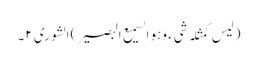
(لیس کمثلہ شیء وہو السمیع البصیر) الشوری ٢۔